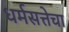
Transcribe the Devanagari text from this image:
धर्मसत्तेचा